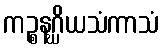
ကဉ္စနဂ္ဃိယသံကာသံ